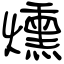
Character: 燻